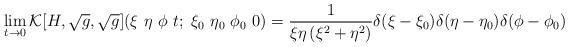
LaTeX: \begin{align*}\lim_{t \rightarrow 0} {\cal K}[H,\sqrt{g},\sqrt{g}](\xi ~ \eta ~\phi ~ t; ~\xi _0 ~ \eta _0 ~ \phi _0 ~ 0) = \frac{1}{\xi \eta \left(\xi^2 + \eta^2 \right)}\delta (\xi -\xi_0)\delta(\eta -\eta _0)\delta (\phi -\phi _0) \end{align*}